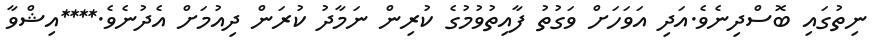
ނިތުގައި ބޮސްދިނެވެ.އަދި އަވަހަށް ވަގުތު ފާއިތުވުމުގެ ކުރިން ނަމާދު ކުރަން ދިއުމަށް އެދުނެވެ.****އިޝްވާ